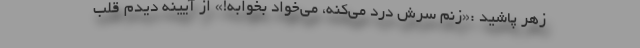
زهر پاشید :«زنم سرش درد می‌کنه، می‌خواد بخوابه!» از آیینه دیدم قلب